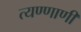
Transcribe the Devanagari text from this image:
त्यण्णाणी